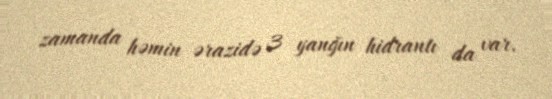
zamanda həmin ərazidə 3 yanğın hidrantı da var.